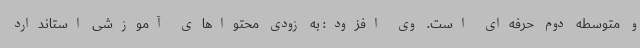
و متوسطه دوم حرفه‌ای است. وی افزود: به زودی محتواهای آموزشی استاندارد